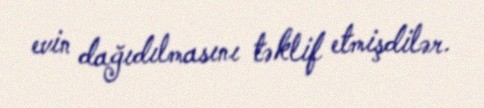
evin dağıdılmasını təklif etmişdilər.